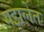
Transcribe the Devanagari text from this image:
गझलेत